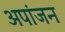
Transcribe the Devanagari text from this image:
अपांजन